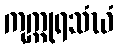
ကုက္ကုရသံဃံ